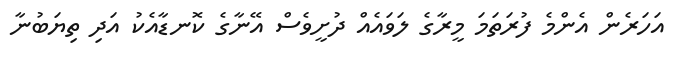
އަހަރެން އެންމެ ފުރަތަމަ މީރާގެ ލަވައެއް ދުށީވެސް އޭނާގެ ކޮނޑާއެކު އަދި ތިޔަބުނާ